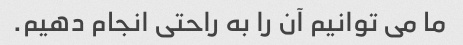
ما می توانیم آن را به راحتی انجام دهیم.